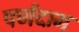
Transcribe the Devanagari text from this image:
पर्णदाग